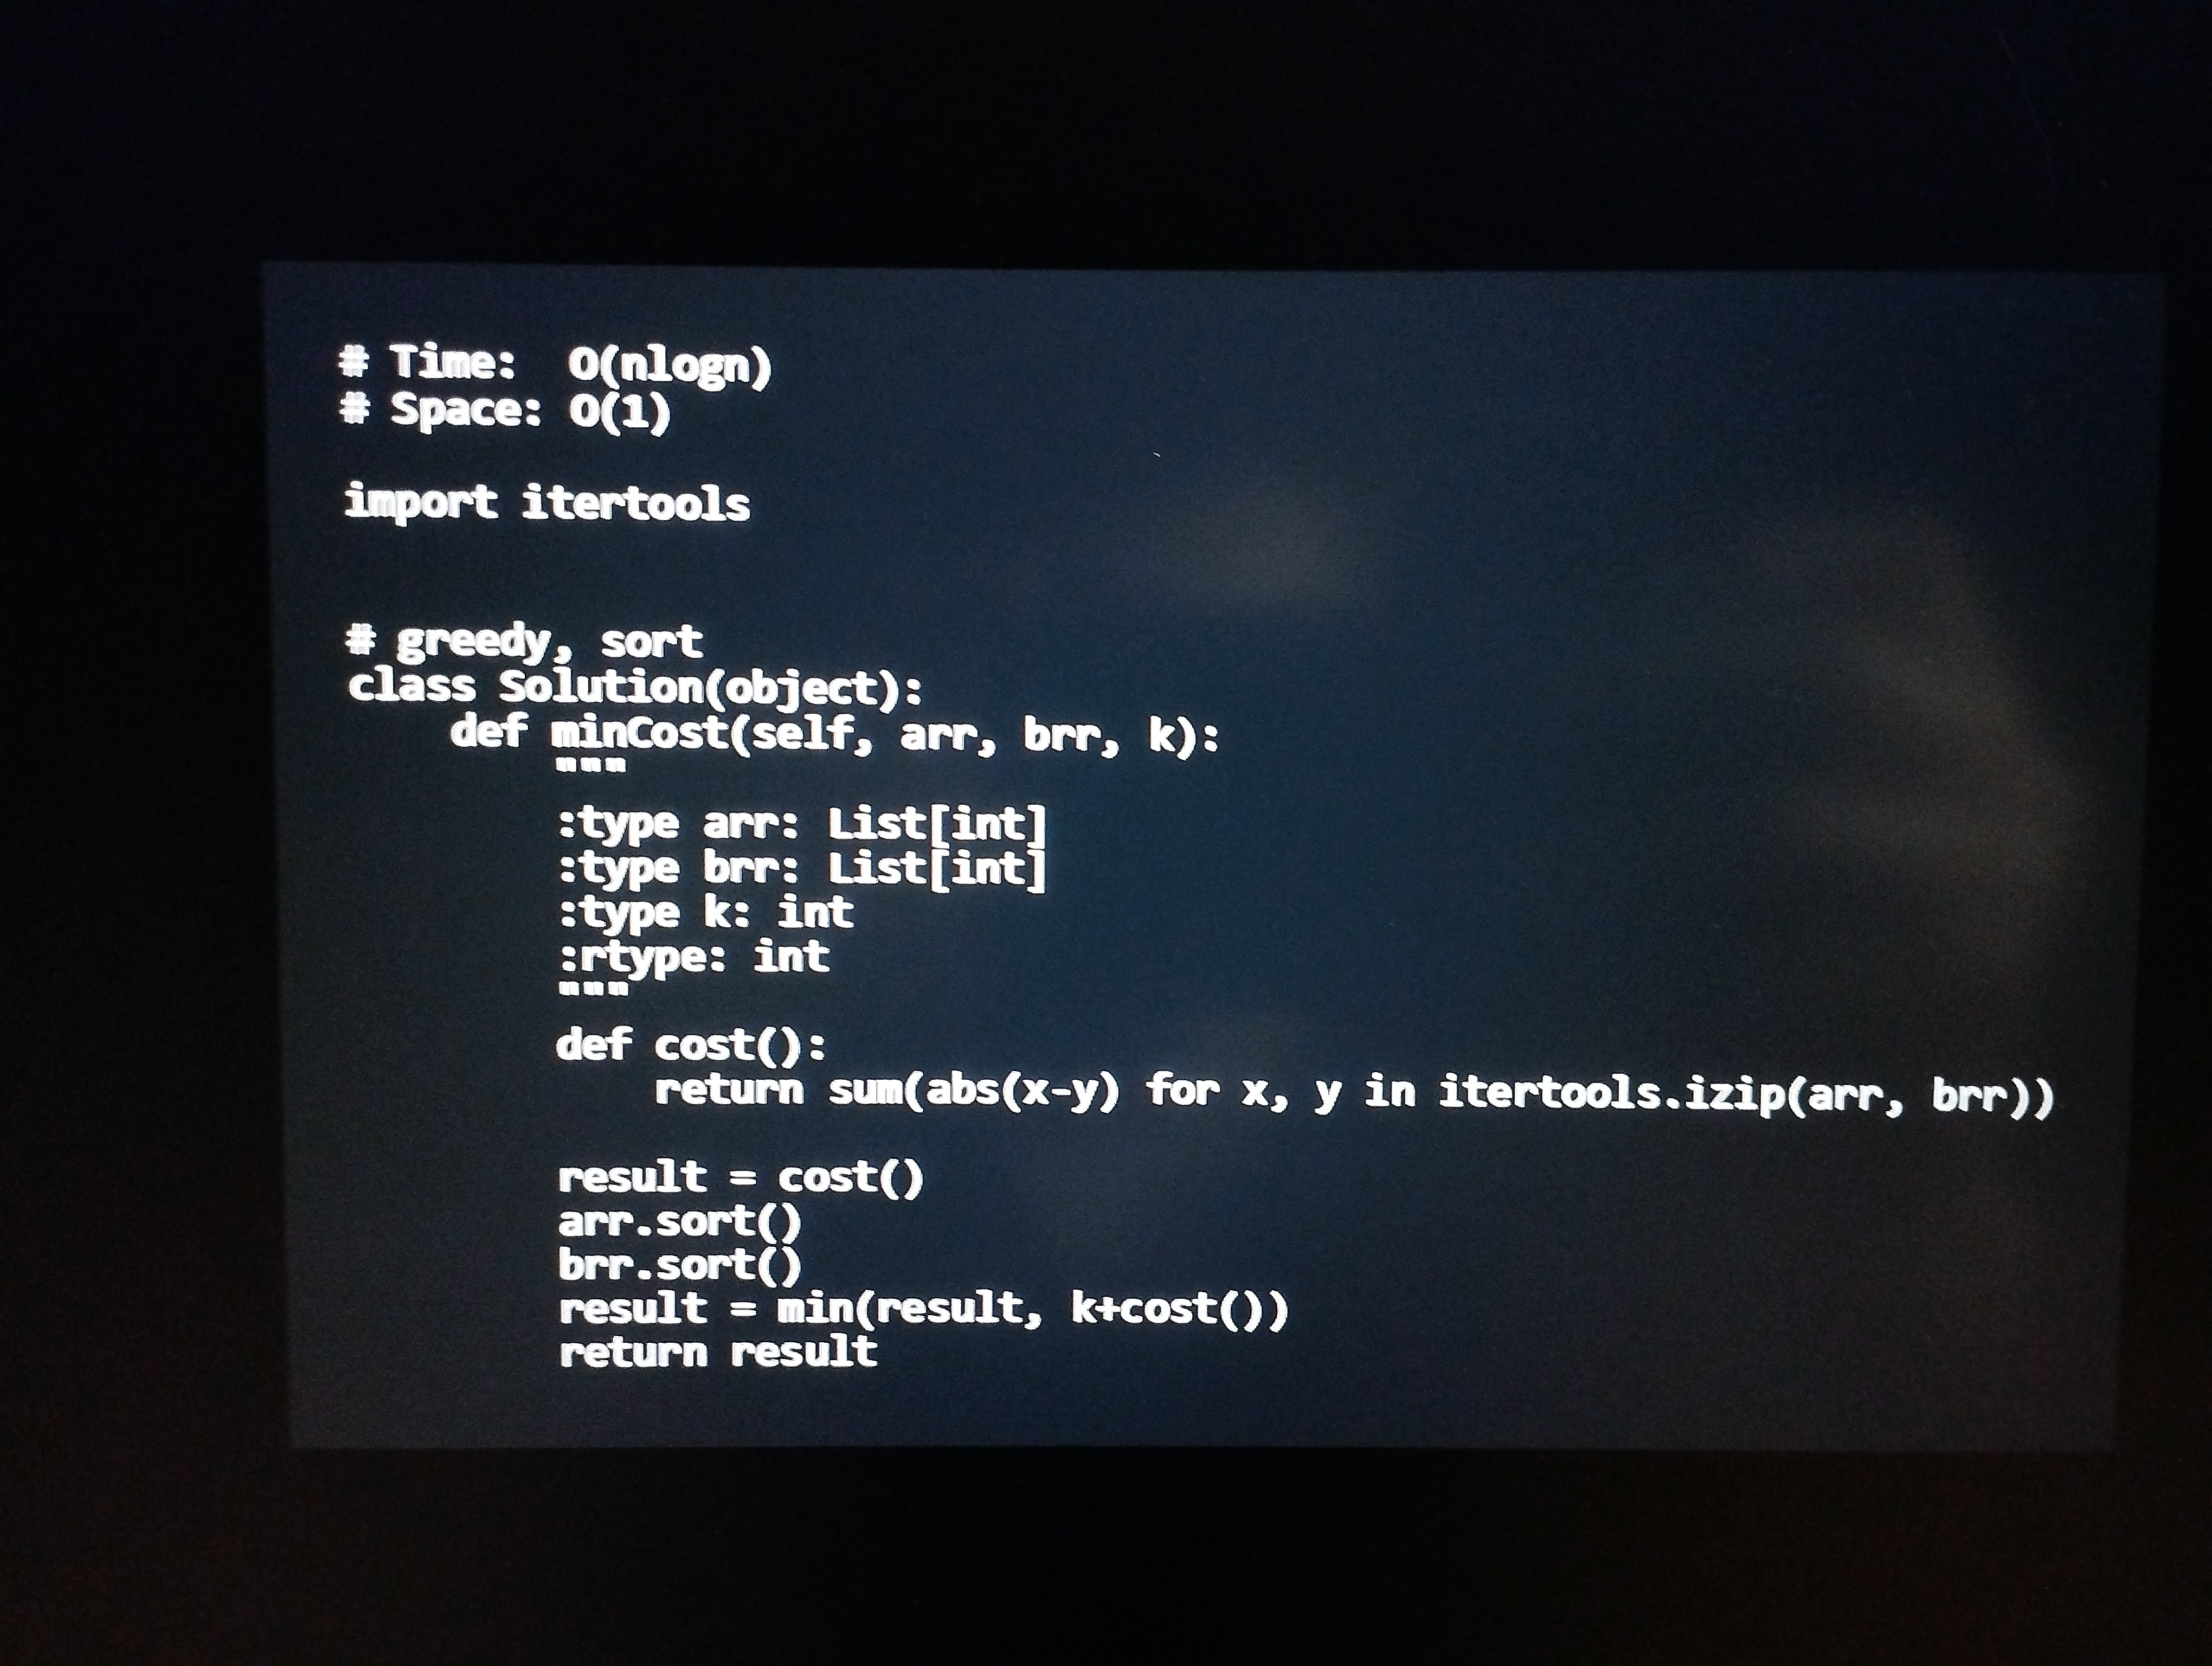
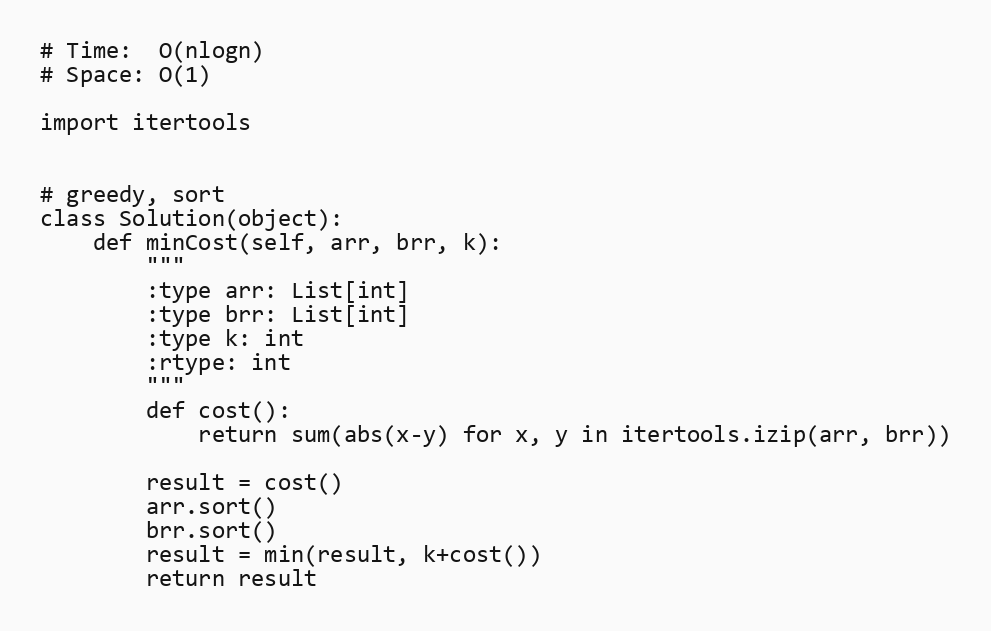
# Time:  O(nlogn)
# Space: O(1)

import itertools

# greedy, sort
class Solution(object):
    def minCost(self, arr, brr, k):
        """
        :type arr: List[int]
        :type brr: List[int]
        :type k: int
        :rtype: int
        """
        def cost():
            return sum(abs(x-y) for x, y in itertools.izip(arr, brr))

        result = cost()
        arr.sort()
        brr.sort()
        result = min(result, k+cost())
        return result